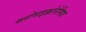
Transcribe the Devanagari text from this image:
क्लोमाइक्रोनेमिया